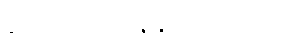
ပေတ-ပါ-၁၅၅၊ ဋ္ဌ-၁၀၉။